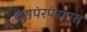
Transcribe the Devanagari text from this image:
वंशपंरपंरागत